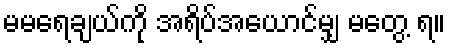
မမရေချယ်ကို အရိပ်အယောင်မျှ မတွေ့ ရ။